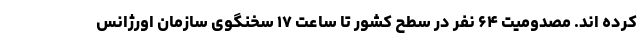
کرده اند. مصدومیت ۶۴ نفر در سطح کشور تا ساعت ۱۷ سخنگوی سازمان اورژانس